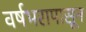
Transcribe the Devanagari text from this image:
वर्षभरापासून